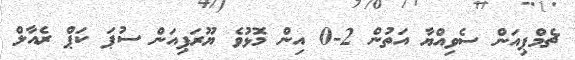
ޗެމްޕިއަން ސެވިއްޔާ އަތުން 2-0 އިން މޮޅުވެ ޔޫރަޕިއަން ސުޕަ ކަޕް ރެއާލް